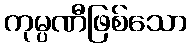
ကုမ္ပဏီဖြစ်သော